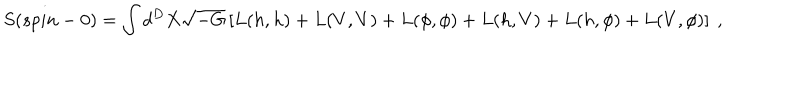
S ( s p i n - 0 ) = \int d ^ { D } X \sqrt { - G } \left[ L ( h , h ) + L ( V , V ) + L ( \phi , \phi ) + L ( h , V ) + L ( h , \phi ) + L ( V , \phi ) \right] ~ ,